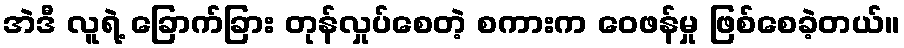
အဲဒီ လူရဲ့ ခြောက်ခြား တုန်လှုပ်စေတဲ့ စကားက ဝေဖန်မှု ဖြစ်စေခဲ့တယ်။